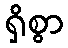
ရှိစွာ